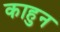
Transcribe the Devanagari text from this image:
काहुन